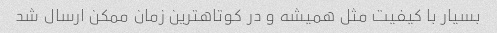
بسیار با کیفیت مثل همیشه و در کوتاهترین زمان ممکن ارسال شد